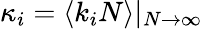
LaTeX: \kappa_{i}=\langle k_{i}N\rangle|_{N\to\infty}